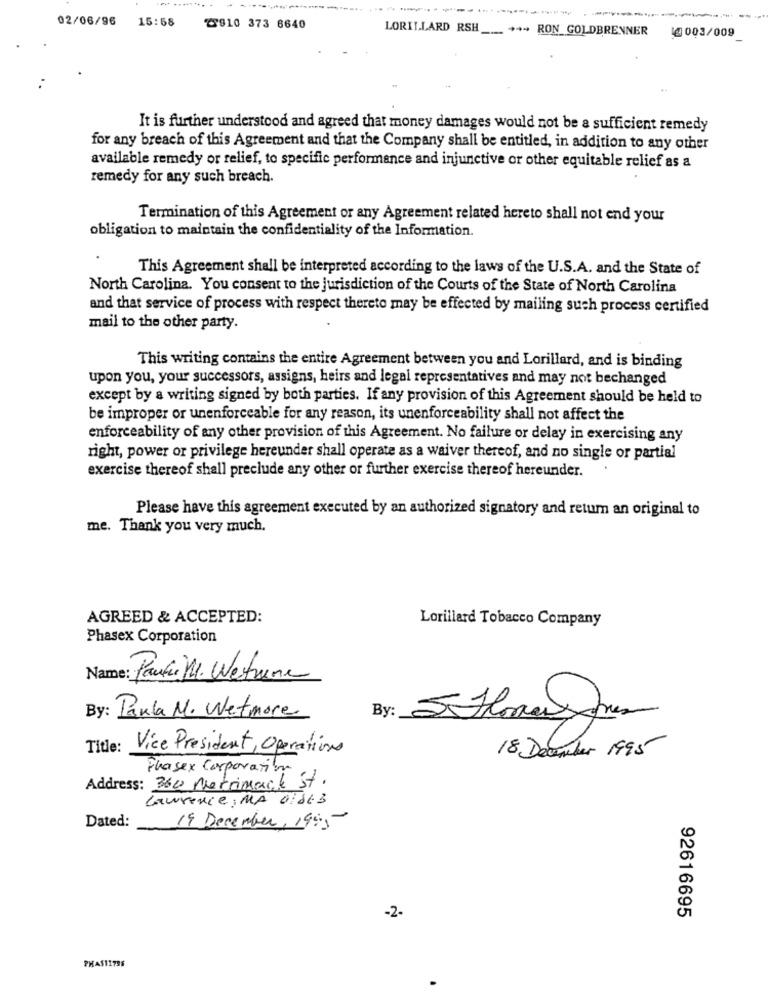
...........
02/06/96
15:58
2810 373 6640
LORILLARD RSH ___ ++ RON GOLDBRENNER @003/009
It is further understood and agreed that money damages would not be a sufficient remedy
for any breach of this Agreement and that the Company shall be entitled, in addition to any other
available remedy or relief, to specific performance and injunctive or other equitable relief as a
remedy for any such breach.
Termination of this Agreement or any Agreement related hereto shall not end your
obligation to maintain the confidentiality of the Information.
This Agreement shall be interpreted according to the laws of the U.S.A. and the State of
North Carolina. You consent to the jurisdiction of the Courts of the State of North Carolina
and that service of process with respect thereto may be effected by mailing such process certified
mail to the other party.
This writing contains the entire Agreement between you and Lorillard, and is binding
upon you, your successors, assigns, heirs and legal representatives and may not bechanged
except by a writing signed by both parties. If any provision of this Agreement should be held to
be improper or unenforceable for any reason, its unenforceability shall not affect the
enforceability of any other provision of this Agreement. No failure or delay in exercising any
right, power or privilege hereunder shall operate as a waiver thereof, and no single or partial
exercise thereof shall preclude any other or further exercise thereof hereunder.
Please have this agreement executed by an authorized signatory and retum an original to
me. Thank you very much.
AGREED & ACCEPTED:
Lorillard Tobacco Company
Phasex Corporation
Name: Parti . Weitere
By: Paula M. Wetmore
Title:
Vice President, Operations
18 December 1995
Phasex Corporation
Address: 360 Merrimack St.
Lawrence; MA OI DE 3
Dated:
19 December, 1955
-2-
92616695
PHAS11795